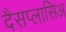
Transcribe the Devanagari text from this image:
दैसप्लासिअ